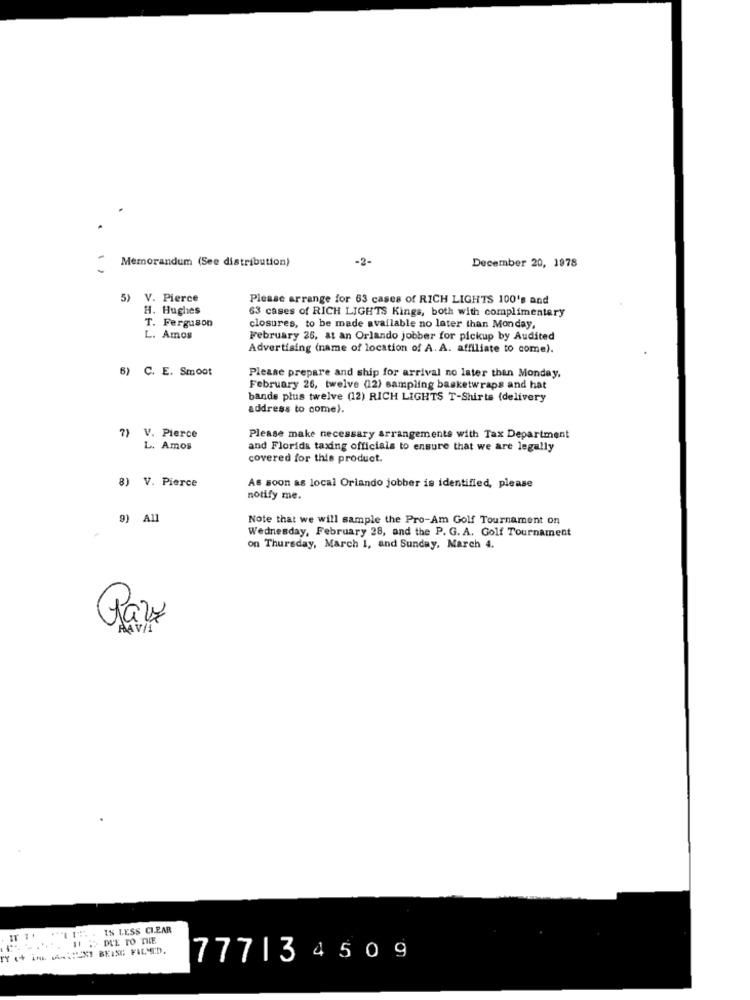
Memorandum (See distribution)
-2-
December 20, 1978
5) V. Pierce
Please arrange for 63 cases of RICH LIGHTS 100's and
H. Hughes
63 cases of RICH LIGHTS Kings, both with complimentary
T. Ferguson
closures, to be made available no later than Monday,
L. Amos
February 26, at an Orlando jobber for pickup by Audited
Advertising (name of location of A. A. affiliate to come).
6) C. E. Smoot
Please prepare and ship for arrival no later than Monday,
February 26, twelve (12) sampling basketwraps and hat
bande plus twelve (12) RICH LIGHTS T-Shirts (delivery
address to come).
7) V. Pierce
Please make necessary arrangements with Tax Department
L. Amos
and Florida taxing officials to ensure that we are legally
covered for this product.
8) V. Pierce
As soon as local Orlando jobber is identified, please
notify me.
9) All
Note that we will sample the Pro-Am Golf Tournament on
Wednesday, February 28, and the P. G. A. Golf Tournament
on Thursday, March 1, and Sunday, March 4.
Razz
AAV/1
"IT . IS LESS CLEAR
11 : DUE TO THE
Y (+ in :"LX] BEING FILMED.
77713 450 9